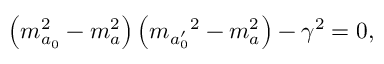
\left( m _ { a _ { 0 } } ^ { 2 } - m _ { a } ^ { 2 } \right) \left( { m _ { a _ { 0 } ^ { \prime } } } ^ { 2 } - m _ { a } ^ { 2 } \right) - { \gamma } ^ { 2 } = 0 ,